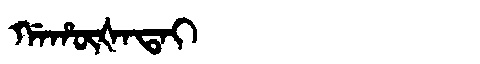
Manchu: ᡤᠠᡥᡡᡧᠠᡨᠠᡳ
Romanization: GAHŪŠATAI